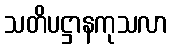
သတိပဋ္ဌာနကုသလာ